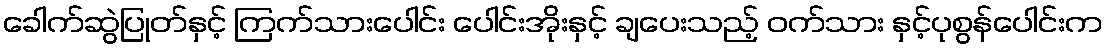
ခေါက်ဆွဲပြုတ်နှင့် ကြက်သားပေါင်း ပေါင်းအိုးနှင့် ချပေးသည့် ဝက်သား နှင့်ပုစွန်ပေါင်းက